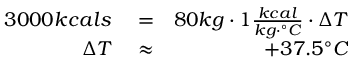
\begin{array} { r l r } { 3 0 0 0 k c a l s } & { { } = } & { 8 0 k g \cdot 1 \frac { k c a l } { k g \cdot ^ { \circ } C } \cdot \Delta T } \\ { \Delta T } & { { } \approx } & { + 3 7 . 5 ^ { \circ } C } \end{array}